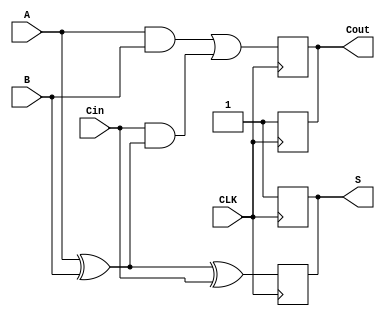
module dynamic_full_adder (
    input wire A,       // First significant bit
    input wire B,       // Second significant bit
    input wire Cin,     // Carry-in bit
    input wire CLK,     // Clock signal
    output reg S,       // Sum output
    output reg Cout     // Carry-out output
);

    // Internal signals for precharge and evaluate phases
    reg precharge_S, precharge_Cout;
    reg evaluate_S, evaluate_Cout;

    // Precharge phase: when CLK is low, precharge outputs to high
    always @(negedge CLK) begin
        S <= 1'b1;      // Precharge sum to high
        Cout <= 1'b1;   // Precharge carry-out to high
    end

    // Evaluate phase: when CLK is high, evaluate the outputs
    always @(posedge CLK) begin
        // Evaluate the sum output S = A  B  Cin
        evaluate_S = A ^ B ^ Cin;
        // Evaluate the carry output Cout = (A  B) + (Cin  (A  B))
        evaluate_Cout = (A & B) | (Cin & (A ^ B));

        // Update outputs based on evaluation
        S <= evaluate_S;
        Cout <= evaluate_Cout;
    end

endmodule